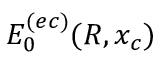
E _ { 0 } ^ { ( e c ) } ( R , x _ { c } )